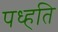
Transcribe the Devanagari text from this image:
पध्हति